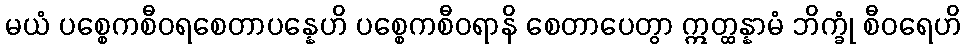
မယံ ပစ္စေကစီဝရစေတာပန္နေဟိ ပစ္စေကစီဝရာနိ စေတာပေတွာ ဣတ္ထန္နာမံ ဘိက္ခုံ စီဝရေဟိ